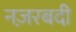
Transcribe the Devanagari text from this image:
नज़रबदी